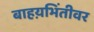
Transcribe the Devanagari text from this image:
बाहय़भिंतीवर